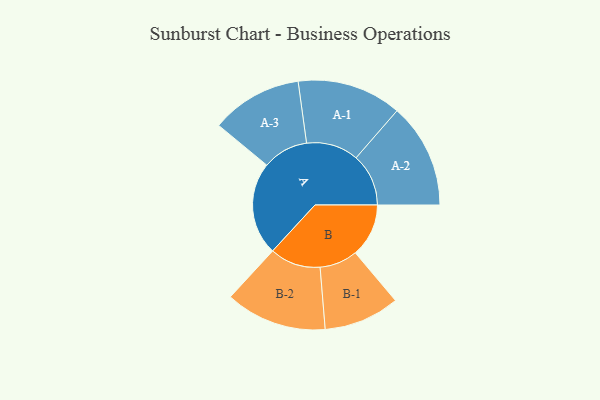
{"axis": {"x": "Segment", "y": "Value"}, "legend": ["", "A", "B"], "data": [{"x": "A", "y": 493, "type": ""}, {"x": "B", "y": 283, "type": ""}, {"x": "A-1", "y": 277, "type": "A"}, {"x": "A-2", "y": 278, "type": "A"}, {"x": "A-3", "y": 242, "type": "A"}, {"x": "B-1", "y": 201, "type": "B"}, {"x": "B-2", "y": 269, "type": "B"}]}